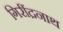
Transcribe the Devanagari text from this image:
गिरींद्रनाथ